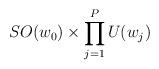
LaTeX: \begin{align*}SO(w_0)\times \prod _{j=1}^P U(w_j)\end{align*}